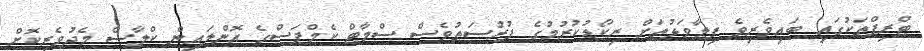
ޓްރިޕްތަކުގައި ބައިވެރިވެ ފިލާވަޅުތަށް ރިކޯޑުކުރުމުގެ ފުރުސަތުވެސް ސްމާޓް ކެމްޕަސްގެ އޮންލައިން ކްލާސް މެދުވެރިކޮށް